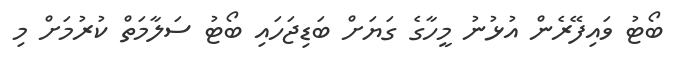
ބޯޓު ވައިފޭރެން އުޅުނު މީހާގެ ގަޔަށް ބަޑިޖަހައި ބޯޓު ސަލާމަތް ކުރުމަށް މި